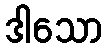
ဒါသော